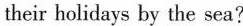
their holidays by the sea ?